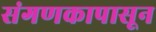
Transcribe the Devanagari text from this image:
संगणकापासून